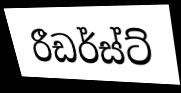
රීඩර්ස්ට්